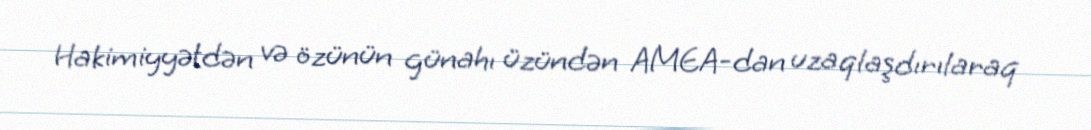
Hakimiyyətdən və özünün günahı üzündən AMEA-dan uzaqlaşdırılaraq